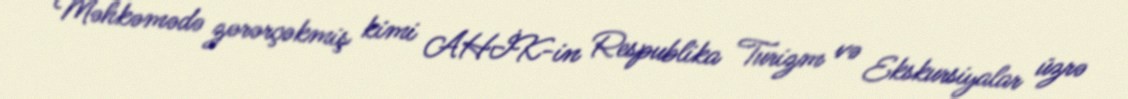
Məhkəmədə zərərçəkmiş kimi AHİK-in Respublika Turizm və Ekskursiyalar üzrə